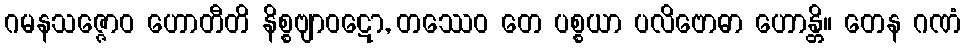
ဂမနသဇ္ဇောဝ ဟောတီတိ နိစ္စဗျာဝဋော, တဿေဝ တေ ပစ္စယာ ပလိဗောဓာ ဟောန္တိ။ တေန ဂဏံ